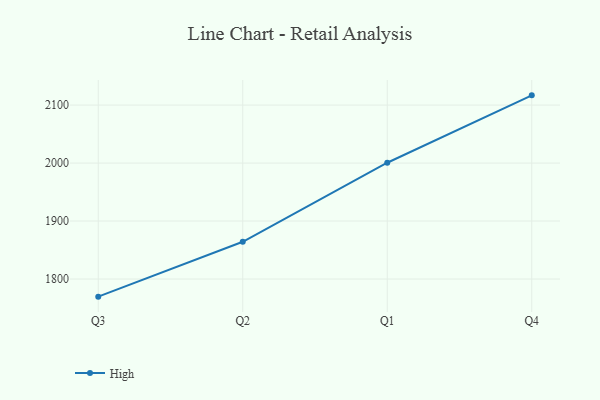
{"axis": {"x": "Quarter", "y": "LTV (USD)"}, "legend": ["High"], "data": [{"x": "Q3", "y": 1769.6, "type": "High"}, {"x": "Q2", "y": 1864.2, "type": "High"}, {"x": "Q1", "y": 2000.6, "type": "High"}, {"x": "Q4", "y": 2116.8, "type": "High"}]}